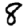
Digit: 8